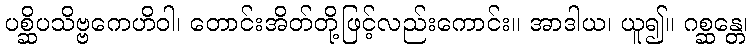
ပစ္ဆိပသိဗ္ဗကေဟိဝါ၊ တောင်းအိတ်တို့ဖြင့်လည်းကောင်း။ အာဒါယ၊ ယူ၍။ ဂစ္ဆန္တေ၊